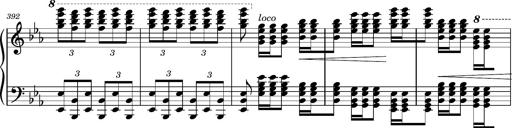
Title: Magyar rapszÃ³diÃ¡k
Composer: Franz Liszt